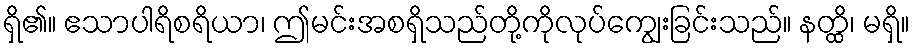
ရှိ၏။ ဧသာပါရိစရိယာ၊ ဤမင်းအစရှိသည်တို့ကိုလုပ်ကျွေးခြင်းသည်။ နတ္ထိ၊ မရှိ။